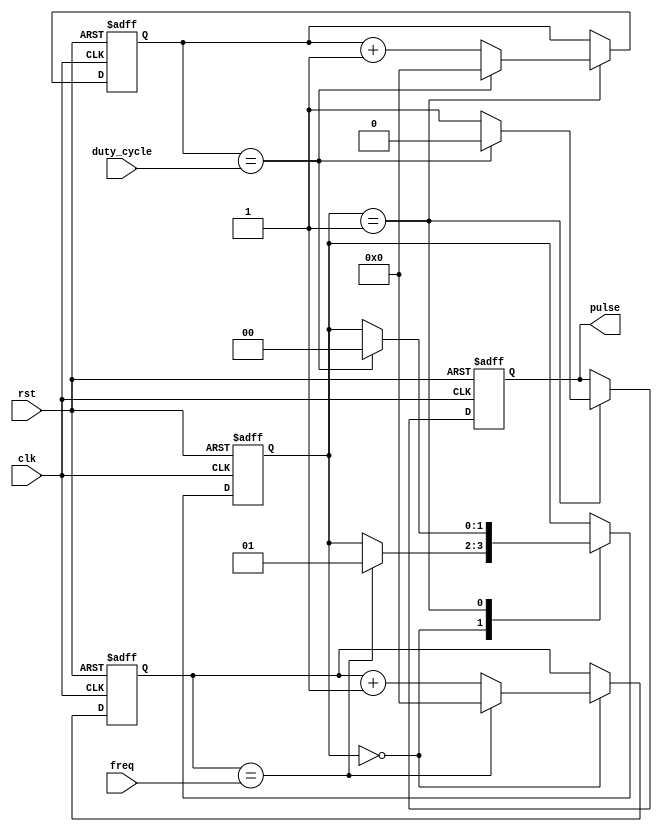
module VariableFrequencyPulseGenerator (
  input clk,
  input rst,
  input [7:0] freq,
  input [7:0] duty_cycle,
  output reg pulse
);

reg [7:0] prescaler = 0;
reg [7:0] counter = 0;
reg [1:0] state = 0;

always @(posedge clk or posedge rst) begin
  if (rst) begin
    prescaler <= 0;
    counter <= 0;
    state <= 0;
    pulse <= 0;
  end else begin
    case (state)
      2'd0: begin
        if (prescaler == freq) begin
          prescaler <= 0;
          state <= 2'd1;
        end else begin
          prescaler <= prescaler + 1;
        end
      end
      2'd1: begin
        counter <= counter + 1;
        if (counter == duty_cycle) begin
          counter <= 0;
          pulse <= 0;
          state <= 2'd0;
        end else begin
          pulse <= 1;
        end
      end
    endcase
  end
end

endmodule